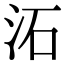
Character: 沰